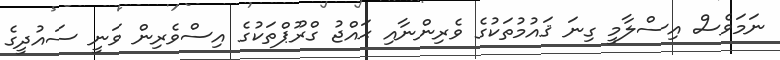
ނަމަވެސް އިސްލާމީ ގިނަ ޤައުމުތަކުގެ ވެރިންނާއި ޙައްޖު ގްރޫޕްތަކުގެ އިސްވެރިން ވަނީ ސައުދީގެ